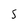
Character: S